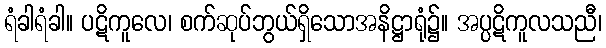
ရံခါရံခါ။ ပဋိကူလေ၊ စက်ဆုပ်ဘွယ်ရှိသောအနိဋ္ဌာရုံ၌။ အပ္ပဋိကူလသညီ၊